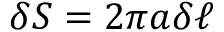
\delta S = 2 \pi a \delta \ell